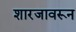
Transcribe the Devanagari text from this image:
शारजावरून